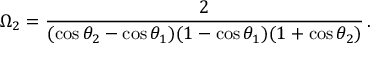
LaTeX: \Omega _ { 2 } = \frac { 2 } { ( \cos \theta _ { 2 } - \cos \theta _ { 1 } ) ( 1 - \cos \theta _ { 1 } ) ( 1 + \cos \theta _ { 2 } ) } \, .